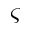
\varsigma